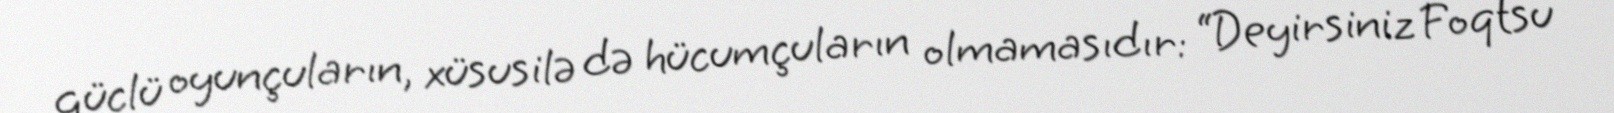
güclü oyunçuların, xüsusilə də hücumçuların olmamasıdır: “Deyirsiniz Foqtsu